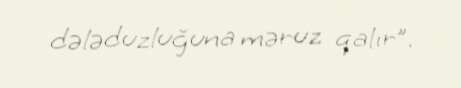
dələduzluğuna məruz qalır”.